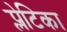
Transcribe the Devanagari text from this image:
प्लेटिका